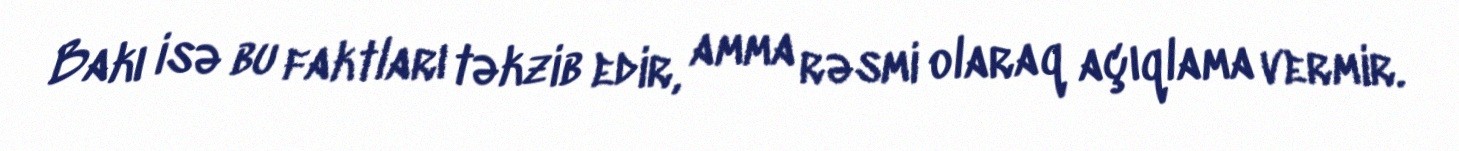
Bakı isə bu faktları təkzib edir, amma rəsmi olaraq açıqlama vermir.